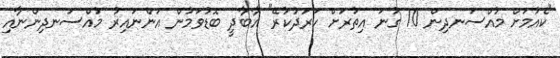
"ކެއުމަށް މުއްސަނދިން 10 ގުނަ އިތުރަށް ހަރަދުކުރޭ" އާބާދީ ބޮޑުވަމުން އަންނައިރު މުއްސަނދިންނާއި